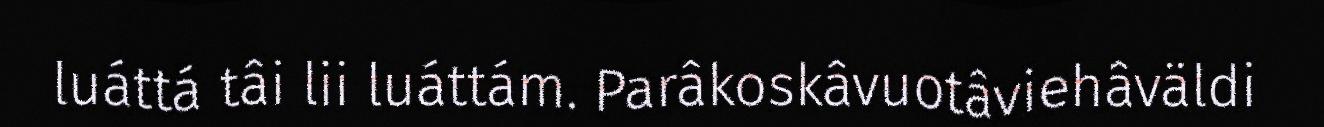
luáttá tâi lii luáttám. Parâkoskâvuotâviehâväldi